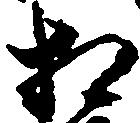
相